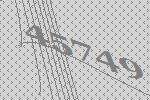
45749